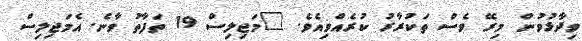
ވިދާޅުވުން މިރޭ ވެސް ތަކުރާރު ކުރެއްވިއެވެ. "މަޖިލިސް 19 ތަފާތު ވާނެ. އެމަޖިލިސް